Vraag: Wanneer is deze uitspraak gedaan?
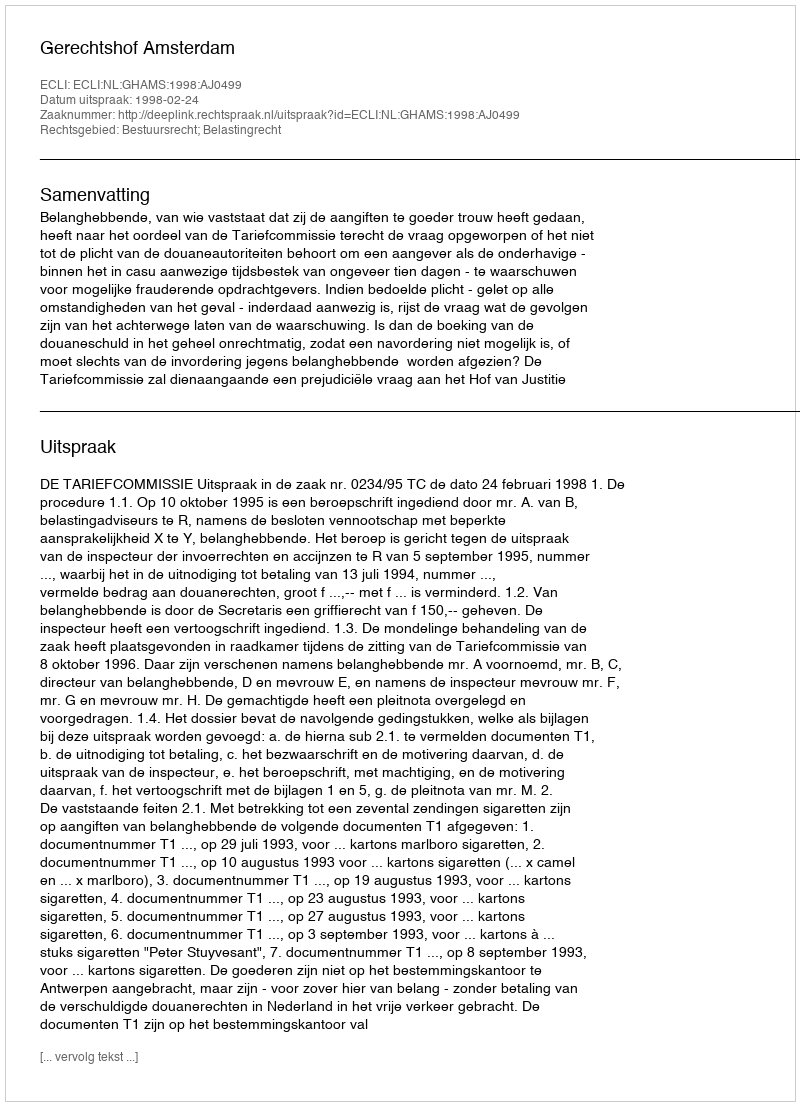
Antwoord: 1998-02-24